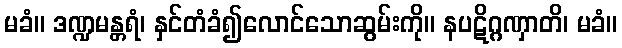
မခံ။ ဒဏ္ဍမန္တရံ၊ နှင်တံခံ၍လောင်သောဆွမ်းကို။ နပဋိဂ္ဂဏှာတိ၊ မခံ။